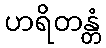
ဟရိတန္တံ